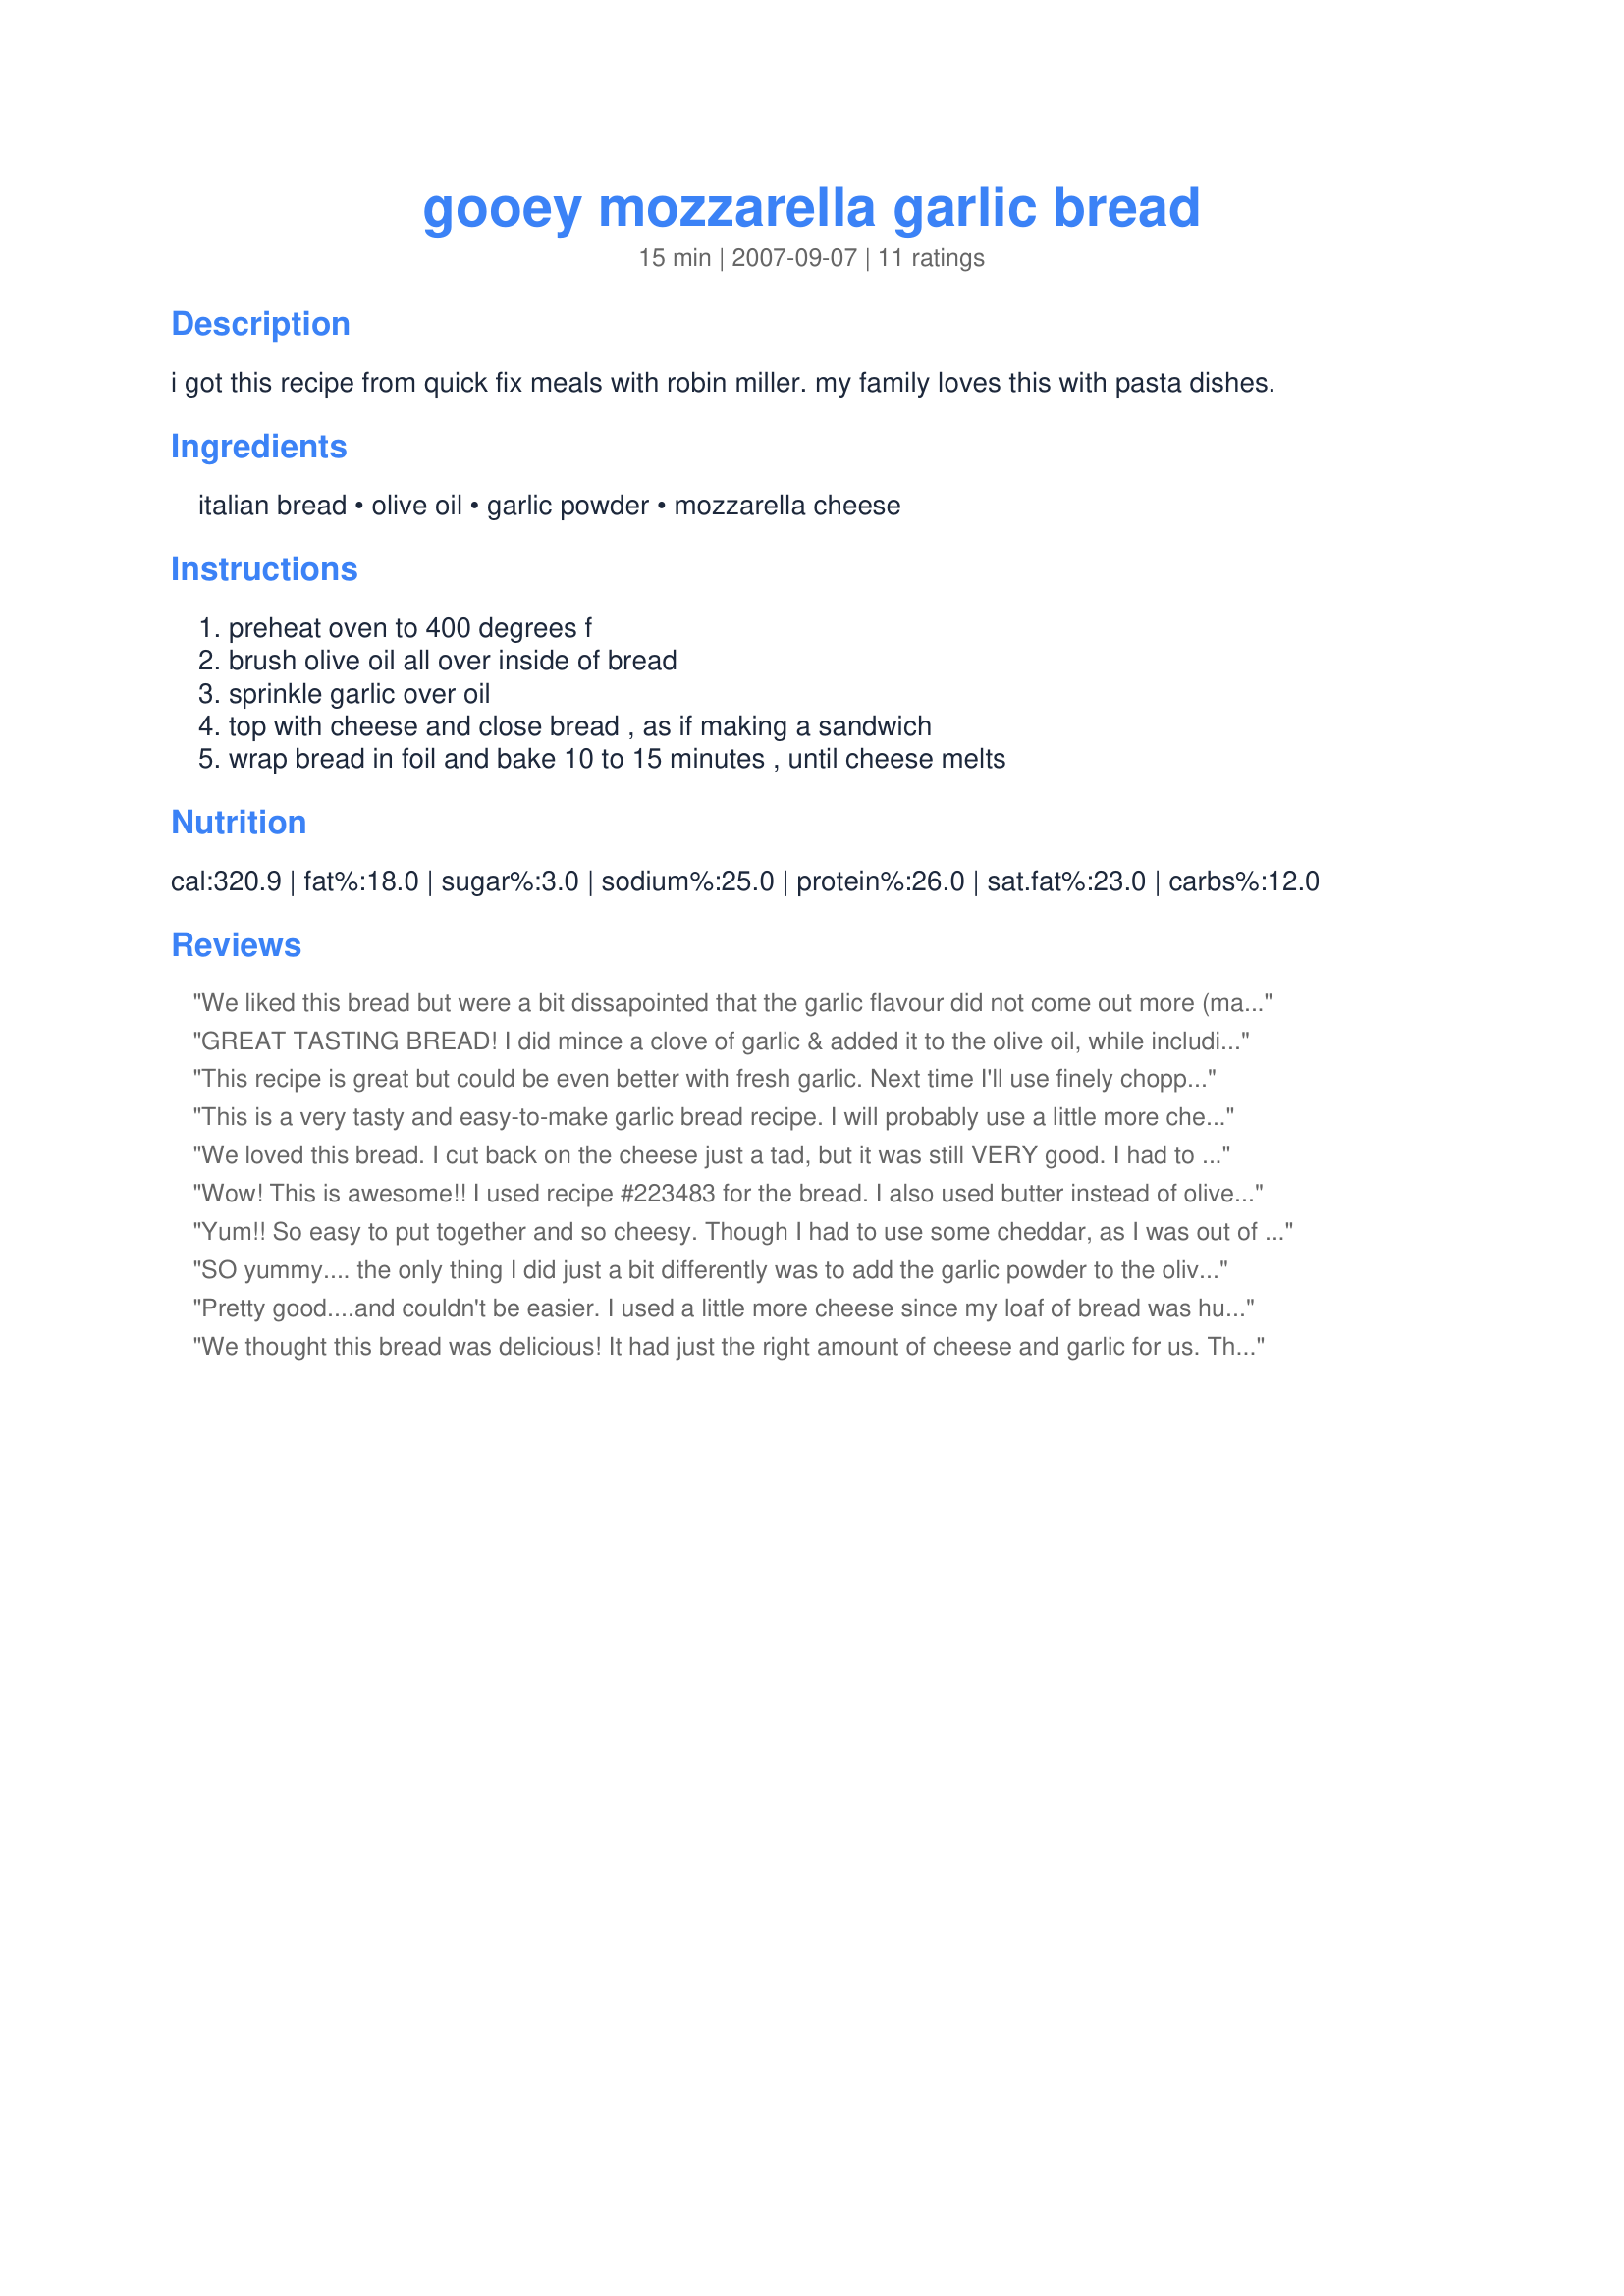
gooey mozzarella garlic bread
Preparation time: 15 minutes

i got this recipe from quick fix meals with robin miller. my family loves this with pasta dishes.

Ingredients:
italian bread, olive oil, garlic powder, mozzarella cheese

Steps:
preheat oven to 400 degrees f, brush olive oil all over inside of bread, sprinkle garlic over oil, top with cheese and close bread , as if making a sandwich, wrap bread in foil and bake 10 to 15 minutes , until cheese melts

Reviews:
We liked this bread but were a bit dissapointed that the garlic flavour did not come out more (maybe some crushed/minced fresh garlic would do this) - will try again as I feel it has more potential. Thank you bmcnichol for sharing. Made for 123 Hit Wonders. UPDATE - put 2 teaspoons of freshly minced garlic for the garlic powder and so much more enjoyed.
GREAT TASTING BREAD! I did mince a clove of garlic & added it to the olive oil, while including all the other ingredients! Certainly could do it up another way, but I did enjoy the cheesy center layer here! Thanks for a keeper of a recipe! [Tagged, made & reviewed in Zaar Stars Tag Game]
This recipe is great but could be even better with fresh garlic. Next time I'll use finely chopped garlic. Cause with the garlic powder the taste was very hard to taste. But the cheese and the bread were great. I used small ciabatta bread. They were moist and crispy outside. yum! Thanks Bonnette :) Made for PAC spring 2011
This is a very tasty and easy-to-make garlic bread recipe. I will probably use a little more cheese next time, but overall we really enjoyed this!
We loved this bread. I cut back on the cheese just a tad, but it was still VERY good. I had to bake it about 5 minutes longer than the recipe stated, but that could just be the difference in oven temps. Thanks for another great recipe, bmcnichol!
Wow! This is awesome!! I used recipe #223483 for the bread. I also used butter instead of olive oil (1/4 cup melted) and added some parmesan and Italian seasoning. Rave reviews all around the house last night! Thanks, BMCNichol!
Yum!! So easy to put together and so cheesy. Though I had to use some cheddar, as I was out of the mozzarella I thought I had. But that was okay, because it was still great! Thanks :)
SO yummy.... the only thing I did just a bit differently was to add the garlic powder to the olive oil before I brushed it on the bread. The entire loaf was gone in an instant and my 2-1/2 year old twin granddaughers ate a ton! I think we have just found our favorite ever garlic bread!
Pretty good....and couldn't be easier. I used a little more cheese since my loaf of bread was huge. Mine also took about 5 minutes longer for all of the cheese to melt. My almost 4 year old didn't like how "crunchy" the bread got. It does crisp it up quite a bit. Next time I may make two halves instead of closing it like a sandwich, since it seemed like all the cheese was stuck in a "layer" in the middle.

Thanks for posting, will make again for sure!
We thought this bread was delicious! It had just the right amount of cheese and garlic for us. Thanks for posting!
Delicous bread! Very easy to make. The only change I made was I sprinkled parsley on top of the cheese. I didn't measure my cheese either, but I know I went over 1 cup because DH loves cheese bread! This went together very quickly and baked up as I finished off the rest of supper. Thanks for sharing this wonderful recipe.
